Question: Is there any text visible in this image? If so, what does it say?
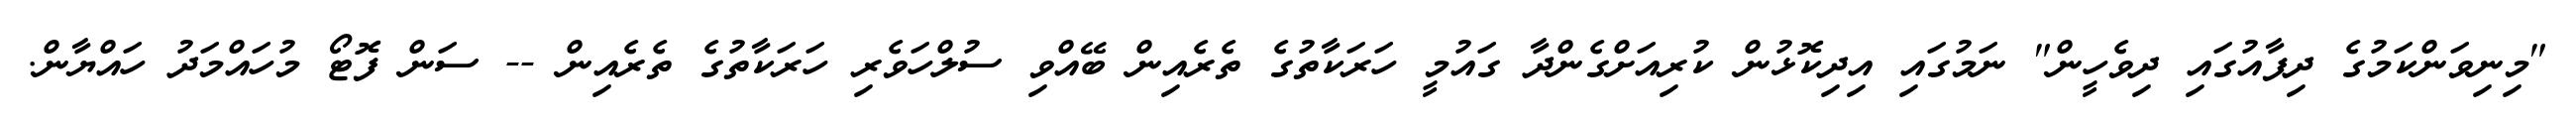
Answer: "މިނިވަންކަމުގެ ދިފާއުގައި ދިވެހީން" ނަމުގައި އިދިކޮޅުން ކުރިއަށްގެންދާ ގައުމީ ހަރަކާތުގެ ތެރެއިން ބޭއްވި ސުލްހަވެރި ހަރަކާތުގެ ތެރެއިން -- ސަން ފޮޓޯ މުހައްމަދު ހައްޔާން.